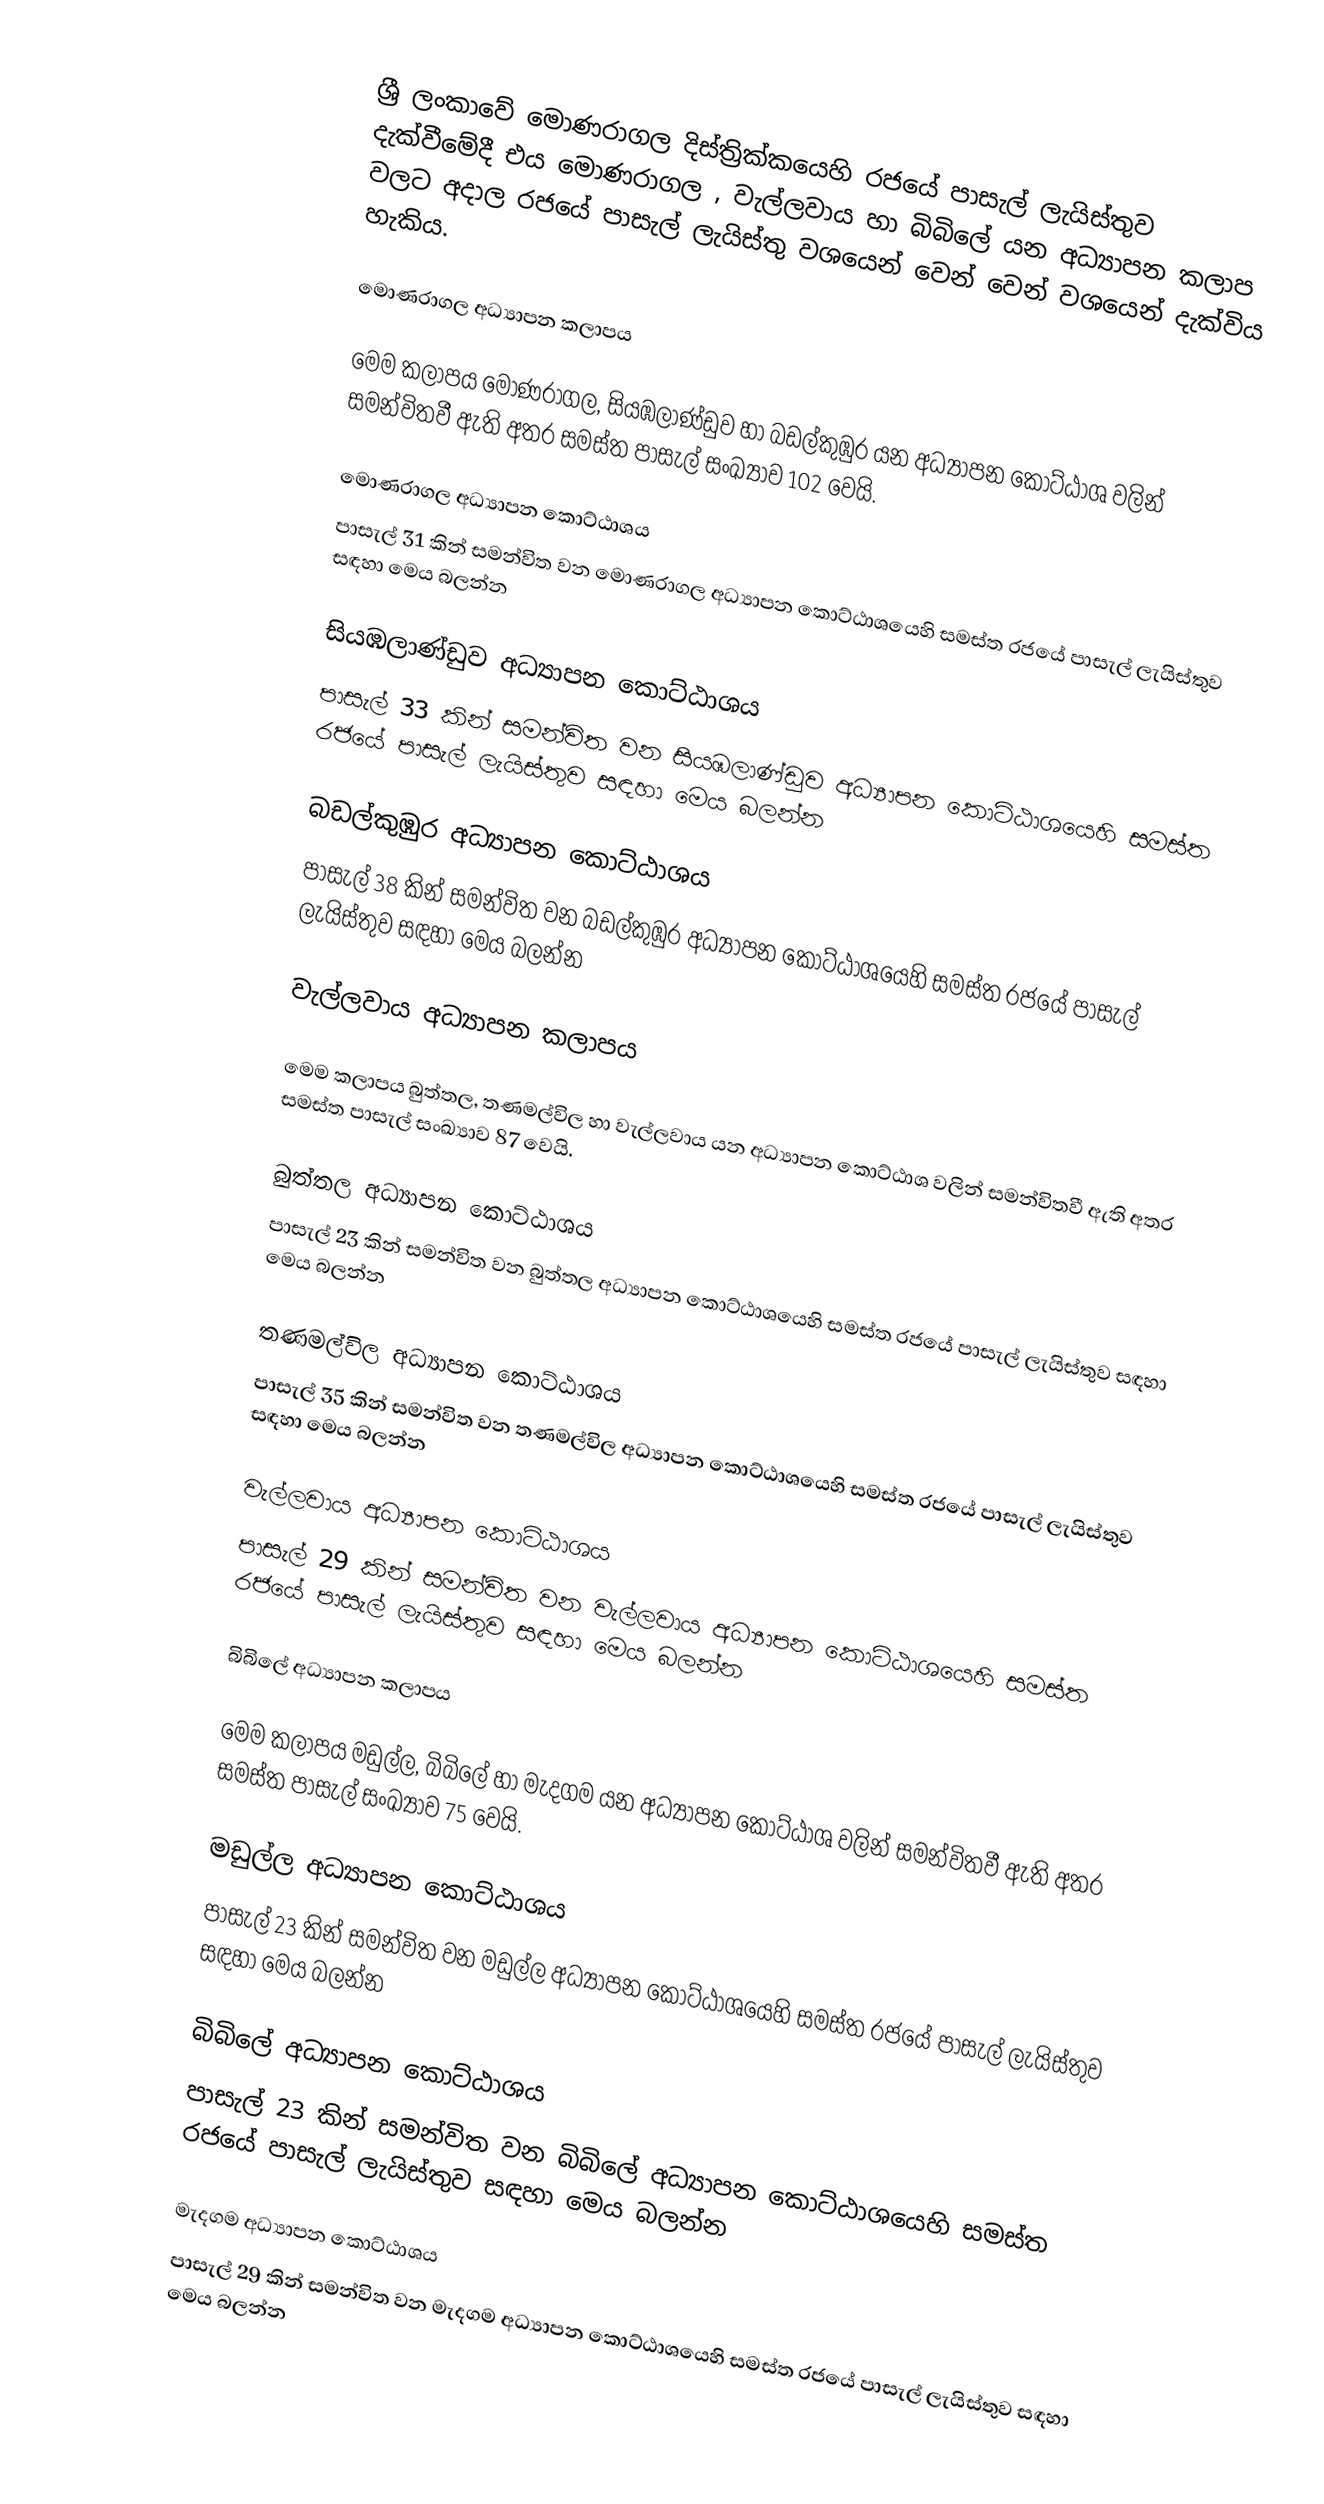
ශ්‍රී ලංකාවේ මොණරාගල දිස්ත්‍රික්කයෙහි රජයේ පාසැල් ලැයිස්තුව දැක්වීමේදී එය මොණරාගල , වැල්ලවාය හා බිබිලේ  යන අධ්‍යාපන කලාප  වලට අදාල රජයේ පාසැල් ලැයිස්තු වශයෙන් වෙන් වෙන් වශයෙන් දැක්විය හැකිය.

මොණරාගල අධ්‍යාපන කලාපය

මෙම කලාපය මොණරාගල, සියඹලාණ්ඩුව හා බඩල්කුඹුර යන අධ්‍යාපන කොට්ඨාශ වලින් සමන්විතවී ඇති අතර සමස්ත පාසැල් සංඛ්‍යාව 102 වෙයි.

මොණරාගල අධ්‍යාපන කොට්ඨාශය
පාසැල් 31 කින් සමන්විත වන මොණරාගල අධ්‍යාපන කොට්ඨාශයෙහි සමස්ත රජයේ පාසැල් ලැයිස්තුව සඳහා මෙය බලන්න

සියඹලාණ්ඩුව අධ්‍යාපන කොට්ඨාශය
පාසැල් 33 කින් සමන්විත වන සියඹලාණ්ඩුව අධ්‍යාපන කොට්ඨාශයෙහි සමස්ත රජයේ පාසැල් ලැයිස්තුව සඳහා මෙය බලන්න

බඩල්කුඹුර අධ්‍යාපන කොට්ඨාශය
පාසැල් 38 කින් සමන්විත වන බඩල්කුඹුර අධ්‍යාපන කොට්ඨාශයෙහි සමස්ත රජයේ පාසැල් ලැයිස්තුව සඳහා මෙය බලන්න

වැල්ලවාය අධ්‍යාපන කලාපය

මෙම කලාපය බුත්තල, තණමල්විල හා වැල්ලවාය යන අධ්‍යාපන කොට්ඨාශ වලින් සමන්විතවී ඇති අතර සමස්ත පාසැල් සංඛ්‍යාව 87 වෙයි.

බුත්තල අධ්‍යාපන කොට්ඨාශය
පාසැල් 23 කින් සමන්විත වන බුත්තල අධ්‍යාපන කොට්ඨාශයෙහි සමස්ත රජයේ පාසැල් ලැයිස්තුව සඳහා මෙය බලන්න

තණමල්විල අධ්‍යාපන කොට්ඨාශය
පාසැල් 35 කින් සමන්විත වන තණමල්විල අධ්‍යාපන කොට්ඨාශයෙහි සමස්ත රජයේ පාසැල් ලැයිස්තුව සඳහා මෙය බලන්න

වැල්ලවාය අධ්‍යාපන කොට්ඨාශය
පාසැල් 29 කින් සමන්විත වන වැල්ලවාය අධ්‍යාපන කොට්ඨාශයෙහි සමස්ත රජයේ පාසැල් ලැයිස්තුව සඳහා මෙය බලන්න

බිබිලේ  අධ්‍යාපන කලාපය

මෙම කලාපය මඩුල්ල, බිබිලේ  හා මැදගම යන අධ්‍යාපන කොට්ඨාශ වලින් සමන්විතවී ඇති අතර සමස්ත පාසැල් සංඛ්‍යාව 75 වෙයි.

මඩුල්ල අධ්‍යාපන කොට්ඨාශය
පාසැල් 23 කින් සමන්විත වන මඩුල්ල අධ්‍යාපන කොට්ඨාශයෙහි සමස්ත රජයේ පාසැල් ලැයිස්තුව සඳහා මෙය බලන්න

බිබිලේ  අධ්‍යාපන කොට්ඨාශය
පාසැල් 23 කින් සමන්විත වන බිබිලේ  අධ්‍යාපන කොට්ඨාශයෙහි සමස්ත රජයේ පාසැල් ලැයිස්තුව සඳහා මෙය බලන්න

මැදගම අධ්‍යාපන කොට්ඨාශය
පාසැල් 29 කින් සමන්විත වන මැදගම අධ්‍යාපන කොට්ඨාශයෙහි සමස්ත රජයේ පාසැල් ලැයිස්තුව සඳහා මෙය බලන්න